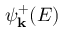
\psi _ { \mathbf { k } } ^ { + } ( E )